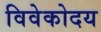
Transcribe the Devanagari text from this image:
विवेकोदय